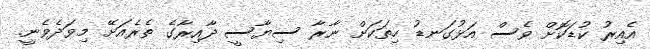
އެއިރު ކުޑަކޮށް ވެސް އަޅުގަނޑު ހިތަކަށް ނާރާ ސިޔާސީ ދާއިރާގެ ތެރެއަށޭ މިވަދެވެނީ.